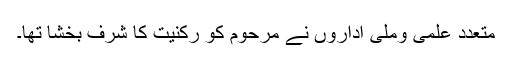
متعدد علمی وملی اداروں نے مرحوم کو رکنیت کا شرف بخشا تھا۔